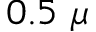
0 . 5 ~ \mu